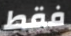
فقط